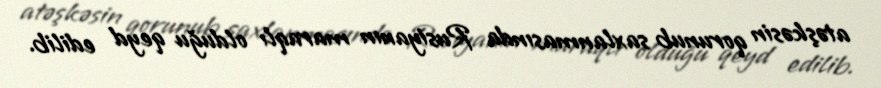
atəşkəsin qorunub saxlanmasında Rusiyanın maraqlı olduğu qeyd edilib.